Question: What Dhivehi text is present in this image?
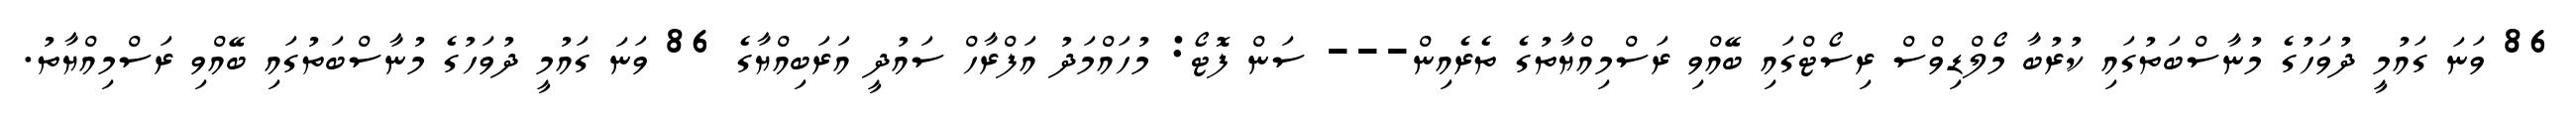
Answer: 86 ވަނަ ގައުމީ ދުވަހުގެ މުނާސްބަތުގައި ކުރުބާ މޯލްޑިވްސް ރިސޯޓްގައި ބޭއްވި ރަސްމިއްޔާތުގެ ތެރެއިން--- ސަން ފޮޓޯ: މުހައްމަދު އަފްރާހް ސައުދީ އަރަބިއްޔާގެ 86 ވަނަ ގައުމީ ދުވަހުގެ މުނާސްބަތުގައި ބޭއްވި ރަސްމިއްޔާތު.